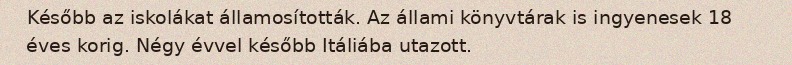
Később az iskolákat államosították. Az állami könyvtárak is ingyenesek 18 éves korig. Négy évvel később Itáliába utazott.